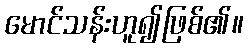
မောင်သန်းဟူ၍ဖြစ်၏။